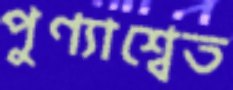
পুণ্যাশ্বেত